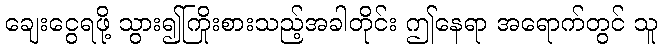
ချေးငွေရဖို့ သွား၍ကြိုးစားသည့်အခါတိုင်း ဤနေရာ အရောက်တွင် သူ